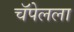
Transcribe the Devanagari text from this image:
चॅपेलला